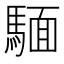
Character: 𫘏